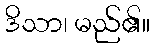
ဒိသာ၊ မည်၏။